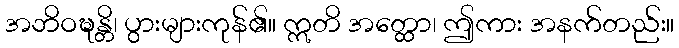
အဘိဝဍ္ဎန္တိ၊ ပွားများကုန်၏။ ဣတိ အတ္ထော၊ ဤကား အနက်တည်း။